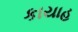
કાયાહ